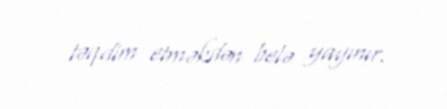
təqdim etməkdən belə yayınır.